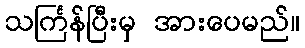
သင်္ကြန်ပြီးမှ အားပေမည်။